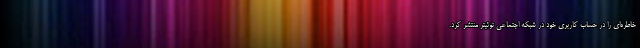
خاطره‌ای را در حساب کاربری خود در شبکه اجتماعی توئیتر منتشر کرد.